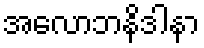
အလောဘနိဒါနာ